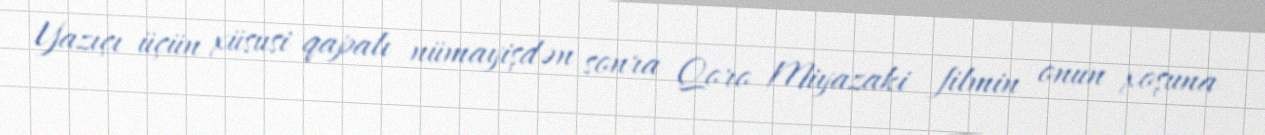
Yazıçı üçün xüsusi qapalı nümayişdən sonra Qoro Miyazaki filmin onun xoşuna